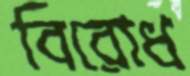
বিরোধ